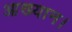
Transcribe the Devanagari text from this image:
आख्यान।